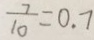
\frac { 7 } { 1 0 } = 0 . 7